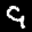
Label: 9